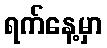
ရက်နေ့မှာ